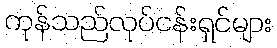
ကုန်သည်လုပ်ငန်းရှင်များ